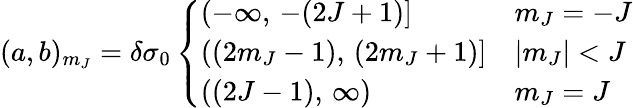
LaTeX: (a,b)_{m_{J}}=\delta\sigma_{0}\left\{ \begin{array}{ll}{(-\infty,\, -(2J+1)]}&{m_{J}=-J}\\ {((2m_{J}-1),\, (2m_{J}+1)]}&{|m_{J}|<J}\\ {((2J-1),\, \infty)}&{m_{J}=J}\end{array}\right.